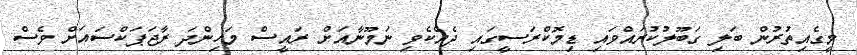
މީގެއިތުރުން ބަލި ގަބޫލުކުރައްވައި ޑިމޮކްރަސީގައި ދެއްކެވި ނަމޫނާއަށް ރައީސް މަހިންދަ ރާޖަޕަކްސައަށް ވެސް